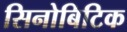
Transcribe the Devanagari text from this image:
सिनोबिटिक